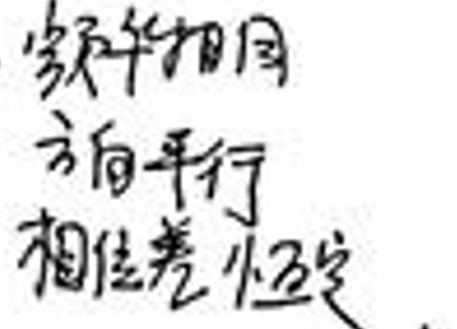
两条相交直线确定一个平面。